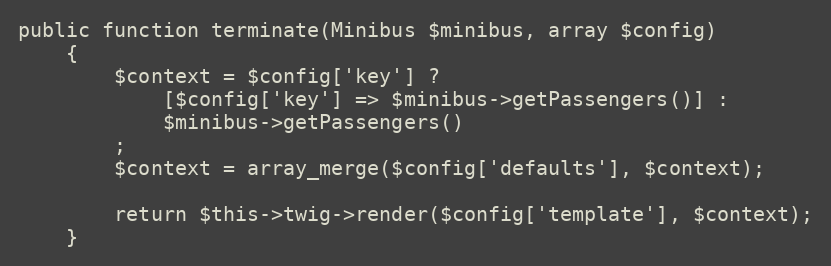
Language: PHP
public function terminate(Minibus $minibus, array $config)
    {
        $context = $config['key'] ?
            [$config['key'] => $minibus->getPassengers()] :
            $minibus->getPassengers()
        ;
        $context = array_merge($config['defaults'], $context);

        return $this->twig->render($config['template'], $context);
    }